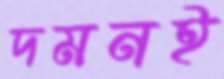
দমনই